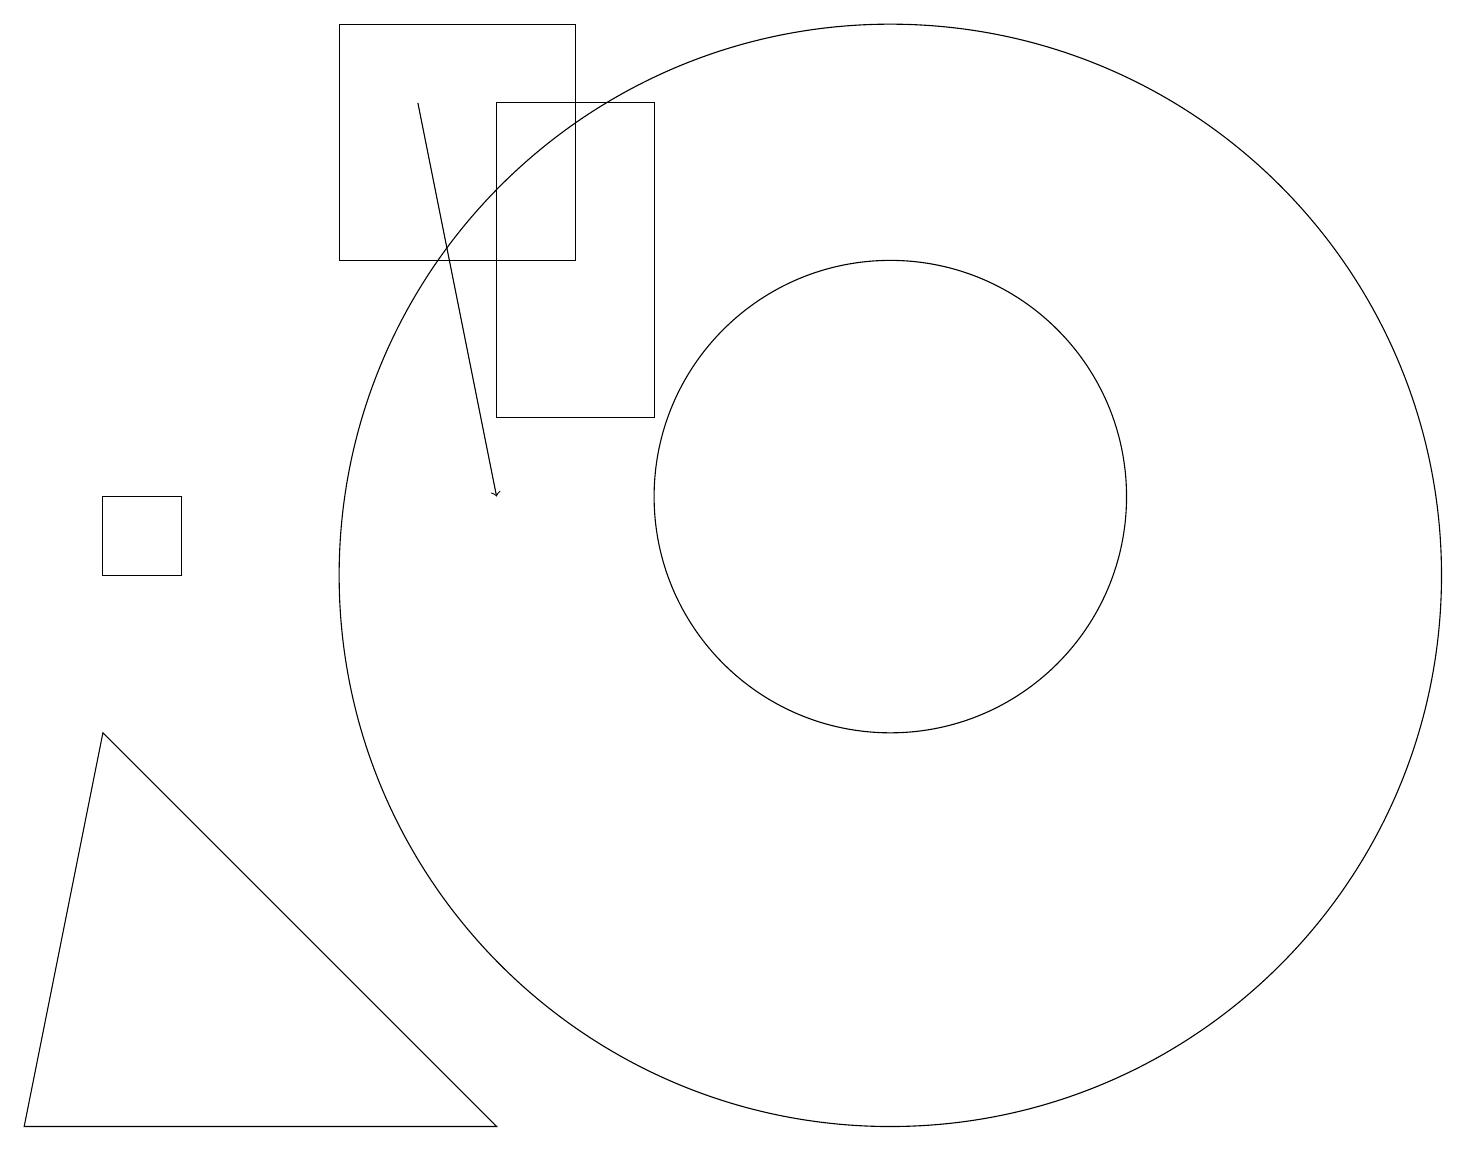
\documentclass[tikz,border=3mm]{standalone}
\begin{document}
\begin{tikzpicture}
\draw (2,11) rectangle (1,10);
\draw (11,11) circle (3);
\draw[->] (5,16) -- (6,11);
\draw (11,11) circle (0);
\draw (8,12) rectangle (6,16);
\draw (7,17) rectangle (4,14);
\draw (6,3) -- (0,3) -- (1,8) -- cycle;
\draw (11,10) circle (7);
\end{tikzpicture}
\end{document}